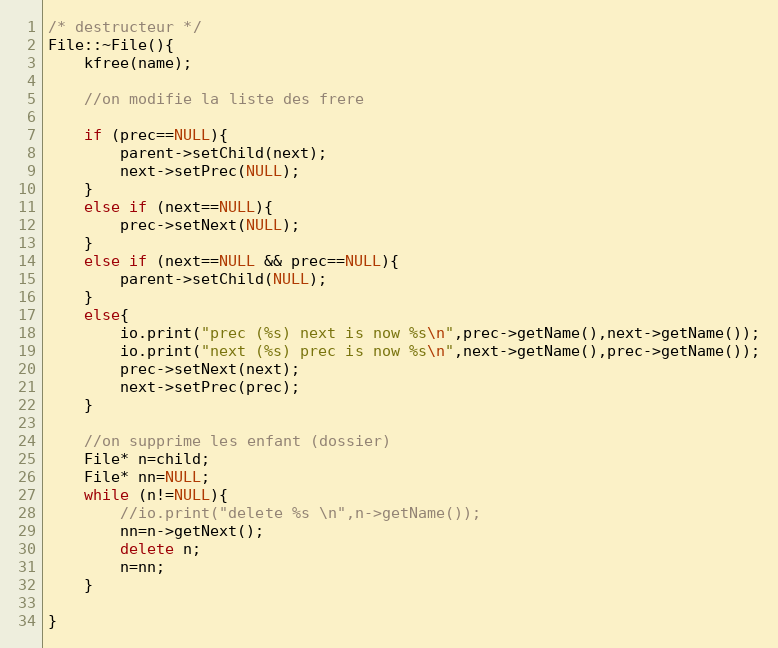
Language: C++
/* destructeur */
File::~File(){
	kfree(name);

	//on modifie la liste des frere

	if (prec==NULL){
		parent->setChild(next);
		next->setPrec(NULL);
	}
	else if (next==NULL){
		prec->setNext(NULL);
	}
	else if (next==NULL && prec==NULL){
		parent->setChild(NULL);
	}
	else{
		io.print("prec (%s) next is now %s\n",prec->getName(),next->getName());
		io.print("next (%s) prec is now %s\n",next->getName(),prec->getName());
		prec->setNext(next);
		next->setPrec(prec);
	}

	//on supprime les enfant (dossier)
	File* n=child;
	File* nn=NULL;
	while (n!=NULL){
		//io.print("delete %s \n",n->getName());
		nn=n->getNext();
		delete n;
		n=nn;
	}

}